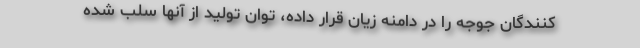
کنندگان جوجه را در دامنه زیان قرار داده، توان تولید از آنها سلب شده